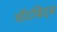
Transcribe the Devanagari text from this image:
वॉटसिट्स